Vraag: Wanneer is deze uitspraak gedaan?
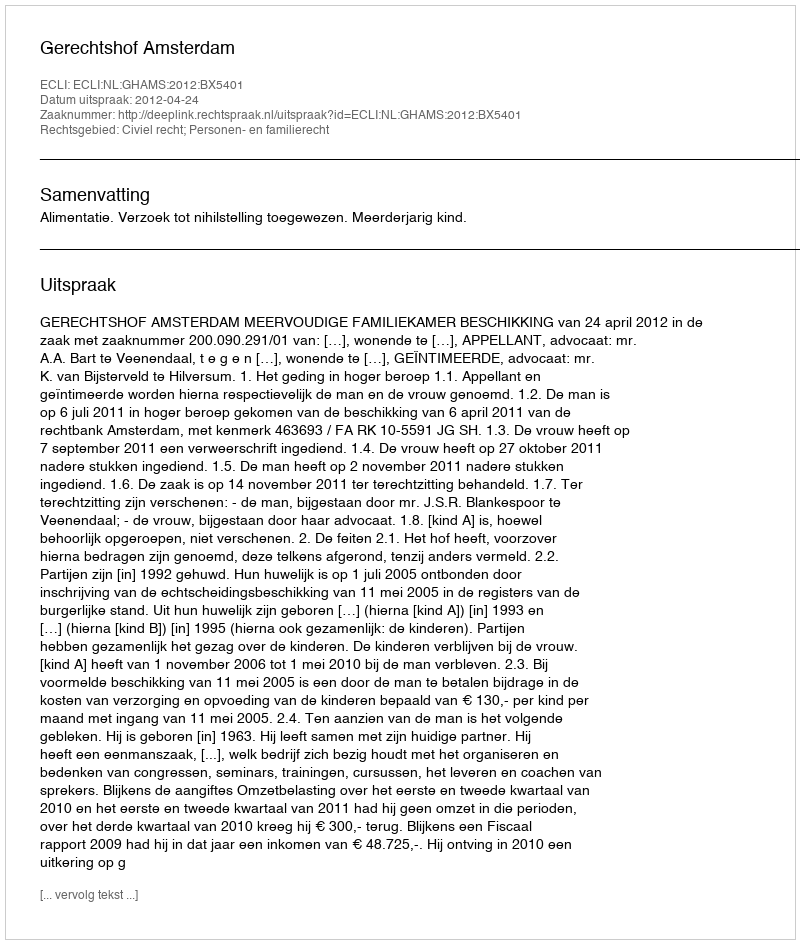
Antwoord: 2012-04-24